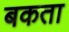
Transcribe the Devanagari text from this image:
बकता